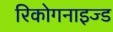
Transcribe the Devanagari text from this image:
रिकोगनाइज्ड